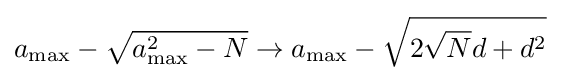
a_{\mathrm {max} }-{\sqrt {a_{\mathrm {max} }^{2}-N}}\to a_{\mathrm {max} }-{\sqrt {2{\sqrt {N}}d+d^{2}}}